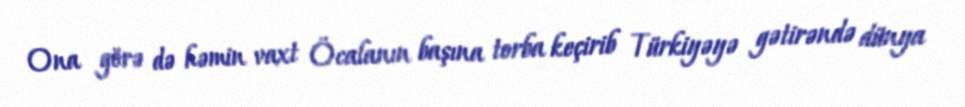
Ona görə də həmin vaxt Öcalanın başına torba keçirib Türkiyəyə gətirəndə dünya